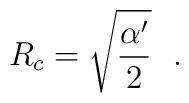
R_c = \sqrt{\frac{\alpha'}{2}}~~.